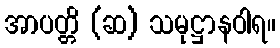
အာပတ္တိ (ဆ) သမုဋ္ဌာနဝါရ။